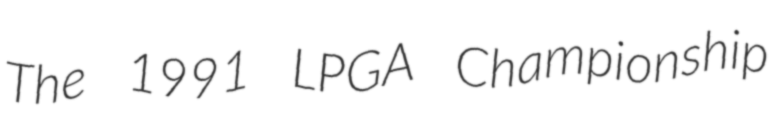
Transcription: The 1991 LPGA Championship